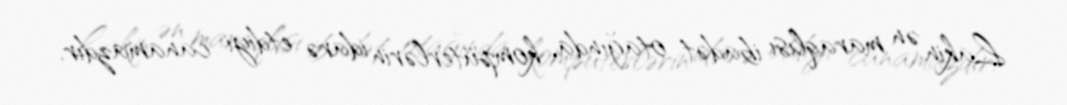
Lakin ən maraqlısı ibadət otağında, kompüterlərin idarə etdiyi canamazdır.